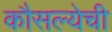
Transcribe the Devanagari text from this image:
कौसल्येची